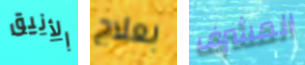
الأنيق بعلاج المشرف